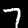
Digit: 7